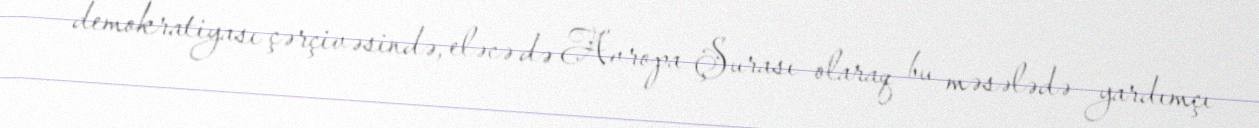
demokratiyası çərçivəsində, eləcə də Avropa Şurası olaraq bu məsələdə yardımçı